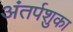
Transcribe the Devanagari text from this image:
अंतर्पशुका